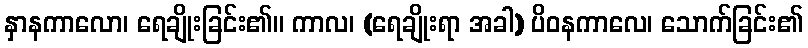
နှာနကာလော၊ ရေချိုးခြင်း၏။ ကာလ၊ (ရေချိုးရာ အခါ) ပိဝနကာလေ၊ သောက်ခြင်း၏